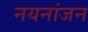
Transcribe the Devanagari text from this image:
नयनांजन